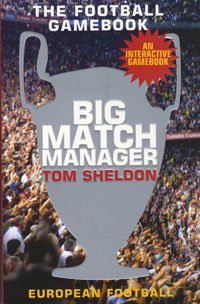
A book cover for Big Match Manager; Tom Sheldon; Teen & Young Adult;